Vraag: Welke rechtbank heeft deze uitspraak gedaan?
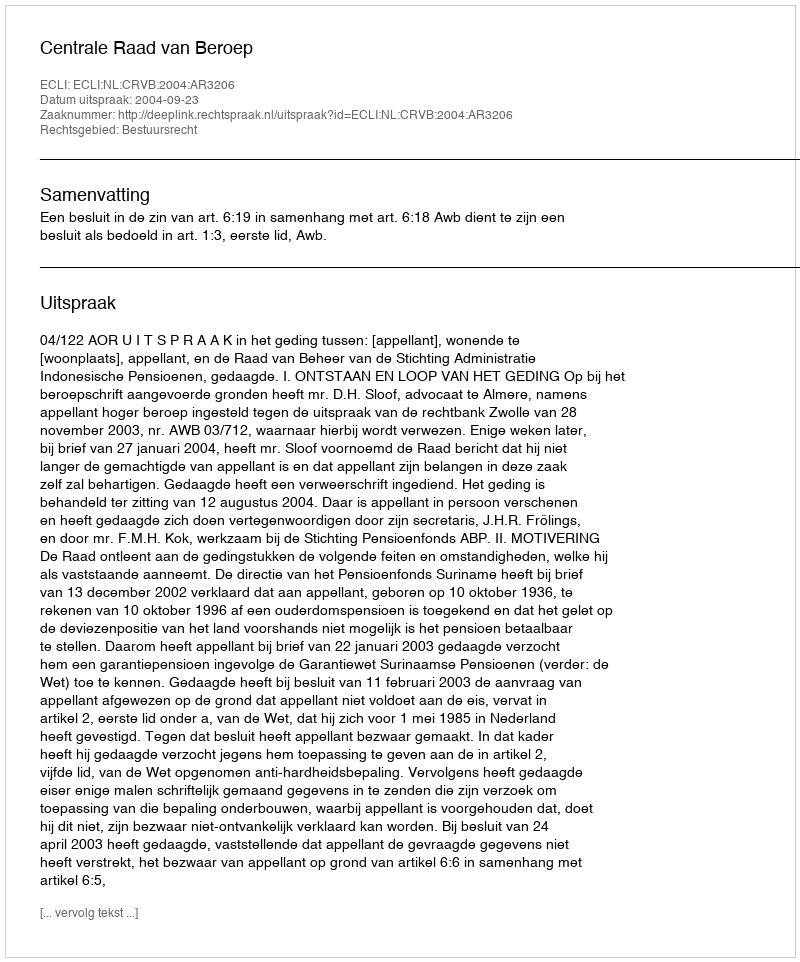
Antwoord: Centrale Raad van Beroep